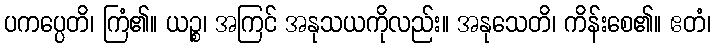
ပကပ္ပေတိ၊ ကြံ၏။ ယဉ္စ၊ အကြင် အနုသယကိုလည်း။ အနုသေတိ၊ ကိန်းစေ၏။ ဧတံ၊